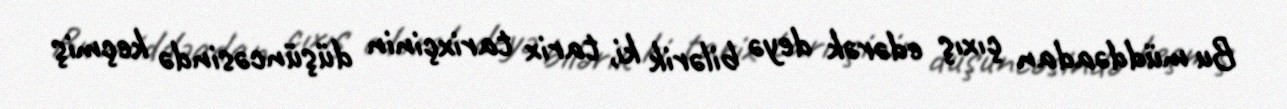
Bu müddəadan çıxış edərək deyə bilərik ki, tarix tarixçinin düşüncəsində keçmiş